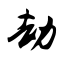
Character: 劫